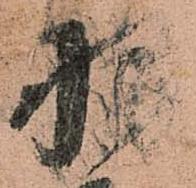
羽